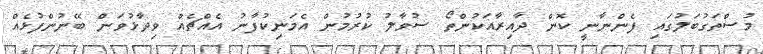
މުސްތަގުބަލުގައި ފެންނާނީ ކޮން ދާއިރާއަކުންތޯ ސުވާލު ކުރުމުން އެމަނިކުފާނު އެއްޗެއް ވިދާޅުވަން ބޭނުންފުޅެއް